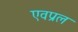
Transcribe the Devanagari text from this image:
एवप्रल